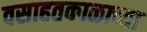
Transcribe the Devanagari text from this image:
वसाहतकाळाच्या